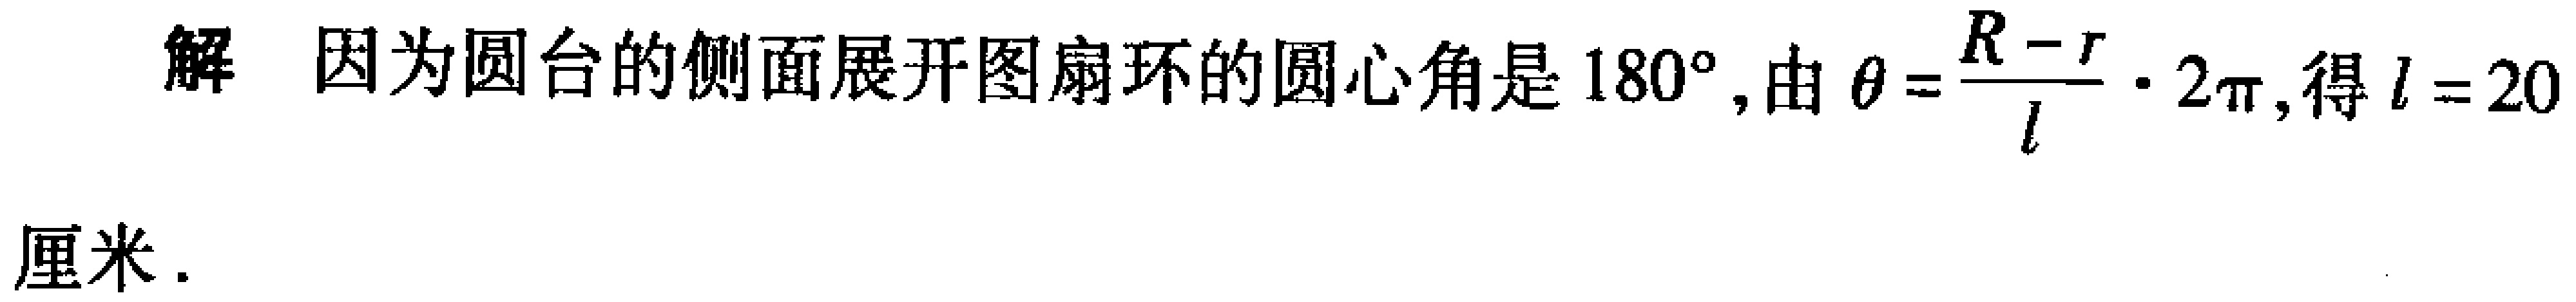
解 因为圆台的侧面展开图扇环的圆心角是\(180^{\circ}\), 由\(\theta=\frac{R - r}{l}\cdot2\pi\), 得\(l = 20\)厘米.